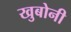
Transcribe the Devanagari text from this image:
खुबोनी